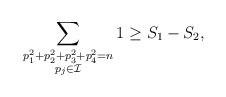
LaTeX: \begin{align*} \sum_{\substack{p_1^2 +p_2^2 +p_3^2 +p_4^2= n \\ p_j \in \mathcal{I}}} 1 \ge S_1 - S_2,\end{align*}